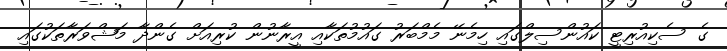
ގެ ސެކިއުރިޓީ ކައުންސިލްގައި ހިމެނޭ މެމްބަރު ގައުމުތަކާއި އީރާނުން ކުރިއަށް ގެންދާ މަޝްވަރާތަކުގައި